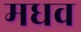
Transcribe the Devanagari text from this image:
मधव